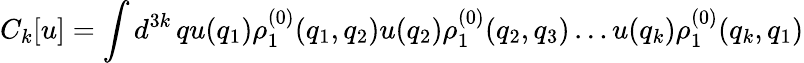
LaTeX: C_{k}[u]=\int d^{3k}\, qu(q_{1})\rho_{1}^{(0)}(q_{1},q_{2})u(q_{2})\rho_{1}^{(0)}(q_{2},q_{3})\ldots u(q_{k})\rho_{1}^{(0)}(q_{k},q_{1})